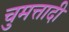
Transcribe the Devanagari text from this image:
चुमत्तादी